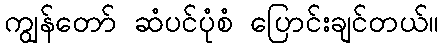
ကျွန်တော် ဆံပင်ပုံစံ ပြောင်းချင်တယ်။